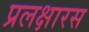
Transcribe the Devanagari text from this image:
प्रलक्षारस